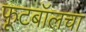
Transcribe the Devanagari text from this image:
फूटबॉलचा